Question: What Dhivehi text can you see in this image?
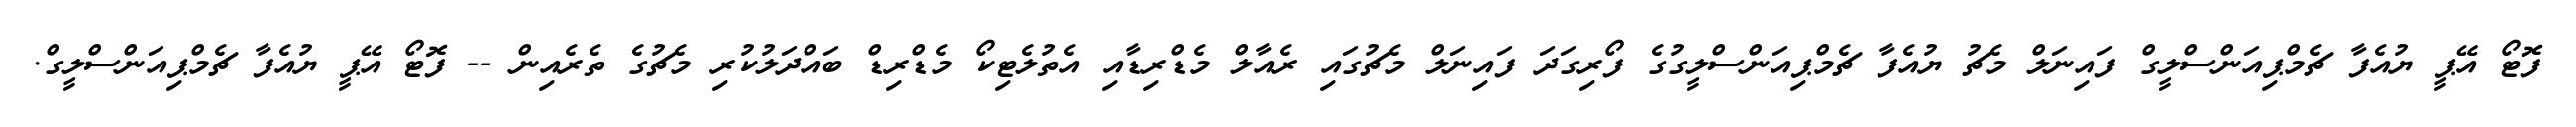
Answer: ފޮޓޯ އޭޕީ ޔުއެފާ ޗެމްޕިއަންސްލީގް ފައިނަލް މެޗު ޔުއެފާ ޗެމްޕިއަންސްލީގުގެ ފޯރިގަދަ ފައިނަލް މެޗުގައި ރެއާލް މެޑްރިޑާއި އެތުލެޓިކޯ މެޑްރިޑް ބައްދަލުކުރި މެޗުގެ ތެރެއިން -- ފޮޓޯ އޭޕީ ޔުއެފާ ޗެމްޕިއަންސްލީގް.